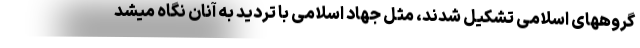
گروههای اسلامی تشکیل شدند، مثل جهاد اسلامی با تردید به آنان نگاه میشد